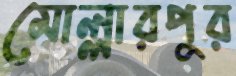
মোল্লারপুর